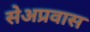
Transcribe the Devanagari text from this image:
सेअप्रवास